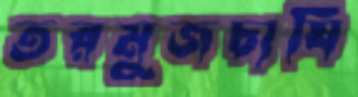
তরমুজচাষি